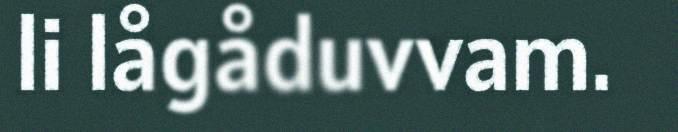
li lågåduvvam.